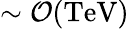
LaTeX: \sim\mathcal{O}(\mathrm{TeV})